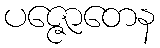
ပဇ္ဇောတေန